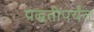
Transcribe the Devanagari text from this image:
पद्धतीपर्यंत